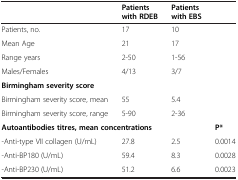
<table><thead><tr><td><b> </b></td><td><b>Patients with RDEB</b></td><td><b>Patients with EBS</b></td><td><b> </b></td></tr></thead><tbody><tr><td>Patients, no.</td><td>17</td><td>10</td><td> </td></tr><tr><td>Mean Age</td><td>21</td><td>17</td><td> </td></tr><tr><td>Range years</td><td>2-50</td><td>1-56</td><td> </td></tr><tr><td>Males/Females</td><td>4/13</td><td>3/7</td><td> </td></tr><tr><td colspan="3"><b>Birmingham severity score</b></td><td> </td></tr><tr><td>Birmingham severity score, mean</td><td>55</td><td>5.4</td><td> </td></tr><tr><td>Birmingham severity score, range</td><td>5-90</td><td>2-36</td><td> </td></tr><tr><td colspan="3"><b>Autoantibodies titres, mean concentrations</b></td><td><b>P*</b></td></tr><tr><td>-Anti-type VII collagen (U/mL)</td><td>27.8</td><td>2.5</td><td>0.0014</td></tr><tr><td>-Anti-BP180 (U/mL)</td><td>59.4</td><td>8.3</td><td>0.0028</td></tr><tr><td>-Anti-BP230 (U/mL)</td><td>51.2</td><td>6.6</td><td>0.0023</td></tr></tbody></table>